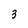
Character: 3